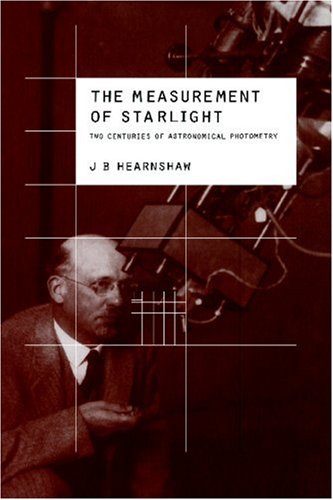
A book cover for The Measurement of Starlight: Two Centuries of Astronomical Photometry; J. B. Hearnshaw; Science & Math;